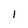
Character: l